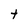
Character: t